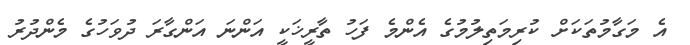
އެ މަގާމުތަކަށް ކުރިމަތިލުމުގެ އެންމެ ފަހު ތާރީޚަކީ އަންނަ އަންގާރަ ދުވަހުގެ މެންދުރު